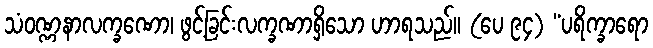
သံဝဏ္ဏနာလက္ခဏော၊ ဖွင့်ခြင်းလက္ခဏာရှိသော ဟာရသည်။ (ပေ ၉၄) “ပရိက္ခာရော